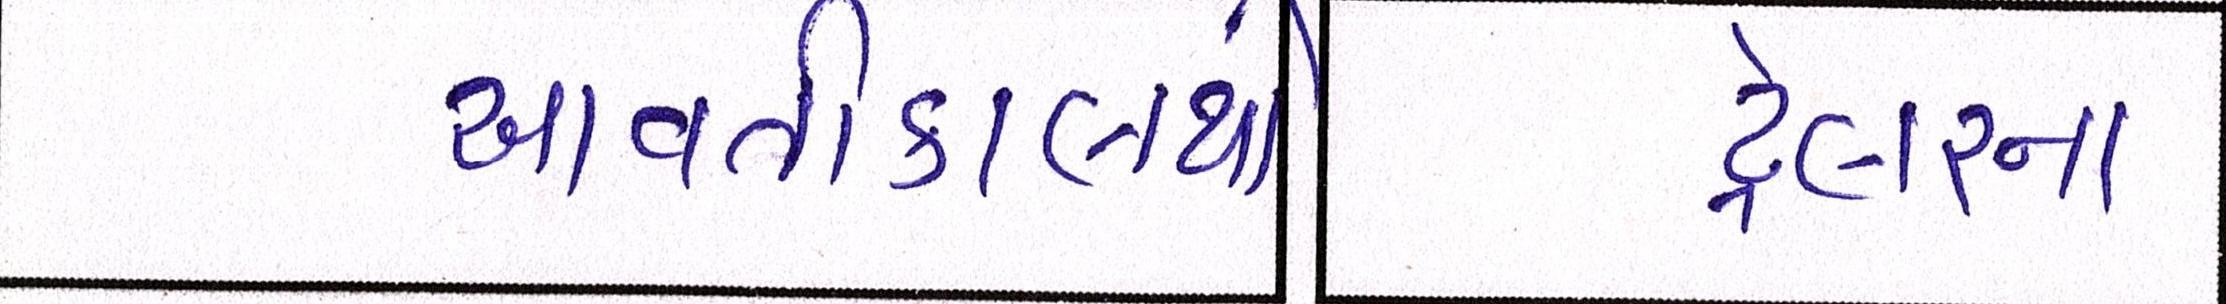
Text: આવતીકાલથી